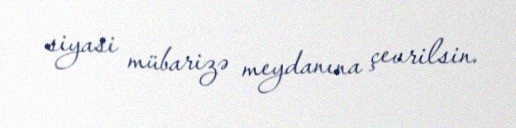
siyasi mübarizə meydanına çevrilsin.